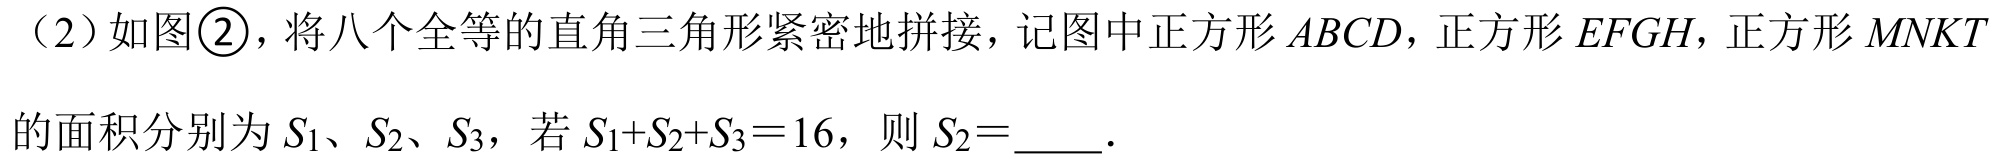
（2）如图\textcircled{2}，将八个全等的直角三角形紧密地拼接，记图中正方形\(ABCD\)，正方形\(EFGH\)，正方形\(MNKT\)
的面积分别为\(S_{1}\)、\(S_{2}\)、\(S_{3}\)，若\(S_{1}+S_{2}+S_{3}=16\)，则\(S_{2}=\underline{\quad\quad}\).